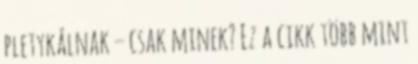
pletykálnak – csak minek? Ez a cikk több mint